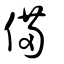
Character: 備